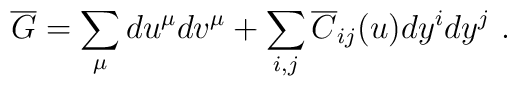
\overline G = \sum_\mu du^\mu dv^\mu  + \sum_{i,j} \overline  C_{ij}(u) dy^i dy^j~.